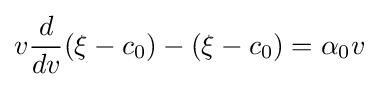
v{\frac {d}{dv}}(\xi -c_{0})-(\xi -c_{0})=\alpha _{0}v